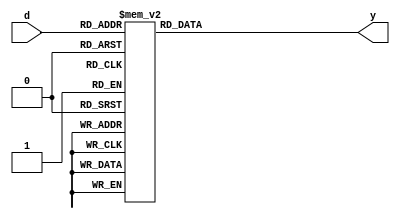
module decode3to8(d,y);
input [2:0] d;
output reg[7:0] y;
always@(d)
	begin
		y=8'b1;
		case(d)
			3'b000:	y=8'b11111110;
			3'b001:	y=8'b11111101;
			3'b010:	y=8'b11111011;
			3'b011:	y=8'b11110111;
			3'b100:	y=8'b11101111;
			3'b101:	y=8'b11011111;
			3'b110:	y=8'b10111111;
			3'b111:	y=8'b01111111;
			default: y =8'b1;
		endcase
	end
	
endmodule